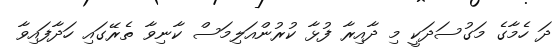
ދަ ހެމާގެ މަގުސަދަކީ މި ދާއިރާ ފުޅާ ކުރުންއަލިމަސް ކާނިވާ ތެރޭގައި ހަދާފައިވާ